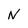
Character: N